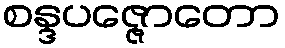
စန္ဒပဇ္ဇောတော